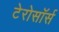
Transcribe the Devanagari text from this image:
टेरोसॉर्स